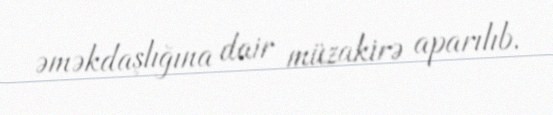
əməkdaşlığına dair müzakirə aparılıb.